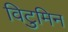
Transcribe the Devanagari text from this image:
विटुमिन